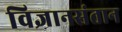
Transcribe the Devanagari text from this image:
विज्ञानसंतान